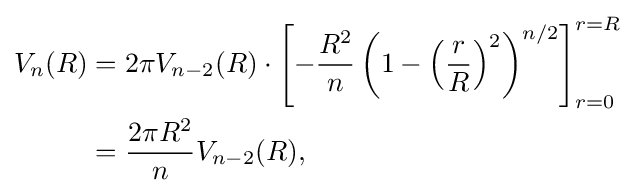
{\begin{aligned}V_{n}(R)&=2\pi V_{n-2}(R)\cdot \left[-{\frac {R^{2}}{n}}\left(1-\left({\frac {r}{R}}\right)^{2}\right)^{n/2}\right]_{r=0}^{r=R}\\&={\frac {2\pi R^{2}}{n}}V_{n-2}(R),\end{aligned}}